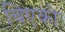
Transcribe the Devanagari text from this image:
चिएको